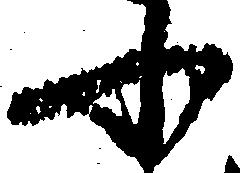
ふ